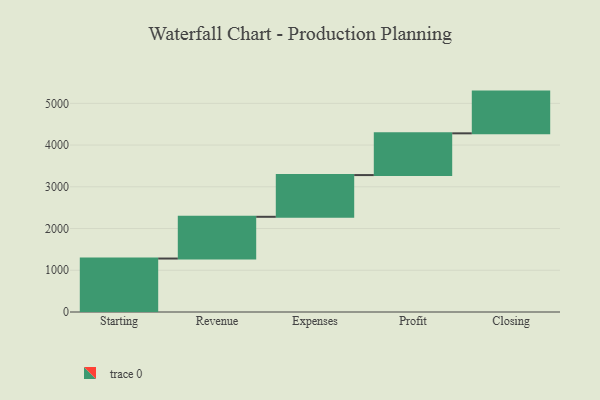
{"axis": {"x": "Step", "y": "Value"}, "legend": [""], "data": [{"x": "Starting", "y": 1281.0, "type": ""}, {"x": "Revenue", "y": 1000, "type": ""}, {"x": "Expenses", "y": 1000, "type": ""}, {"x": "Profit", "y": 1000, "type": ""}, {"x": "Closing", "y": 1000, "type": ""}]}